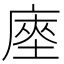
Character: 𢊃